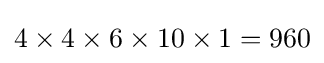
4\times 4\times 6\times 10\times 1=960